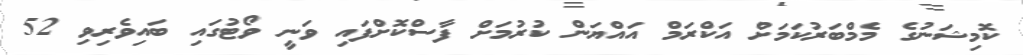
ކޮމިޝަނުގެ މެމްބަރުކަމަށް އަކްރަމް އައްޔަން ކުރުމަށް ފާސްކޮށްފައި ވަނީ ވޯޓުގައި ބައިވެރިވި 52